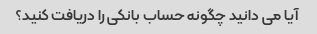
آیا می دانید چگونه حساب بانکی را دریافت کنید؟